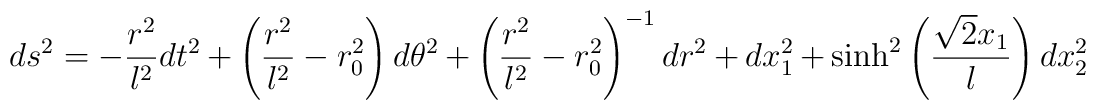
ds^2= - \frac{r^2}{l^2} dt^2+ \left(\frac{r^2}{l^2}-r_0^2 \right) d \theta^2  +  \left(\frac{r^2}{l^2} - r_0^2 \right)^{-1} dr^2 +dx_1^2 + \sinh^2 \left( \frac{\sqrt{2}x_1}{l} \right)dx_2^2